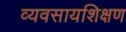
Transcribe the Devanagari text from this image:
व्यवसायशिक्षण